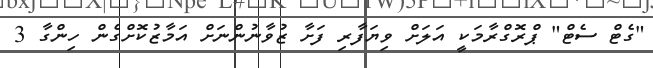
"ގެޓް ސެޓް" ޕްރޮގްރާމަކީ އަލަށް ވިޔަފާރި ފަށާ ޒުވާނުންނަށް އަމާޒުކޮށްގެން ހިންގާ 3